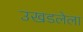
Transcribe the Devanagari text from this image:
उखडलेला